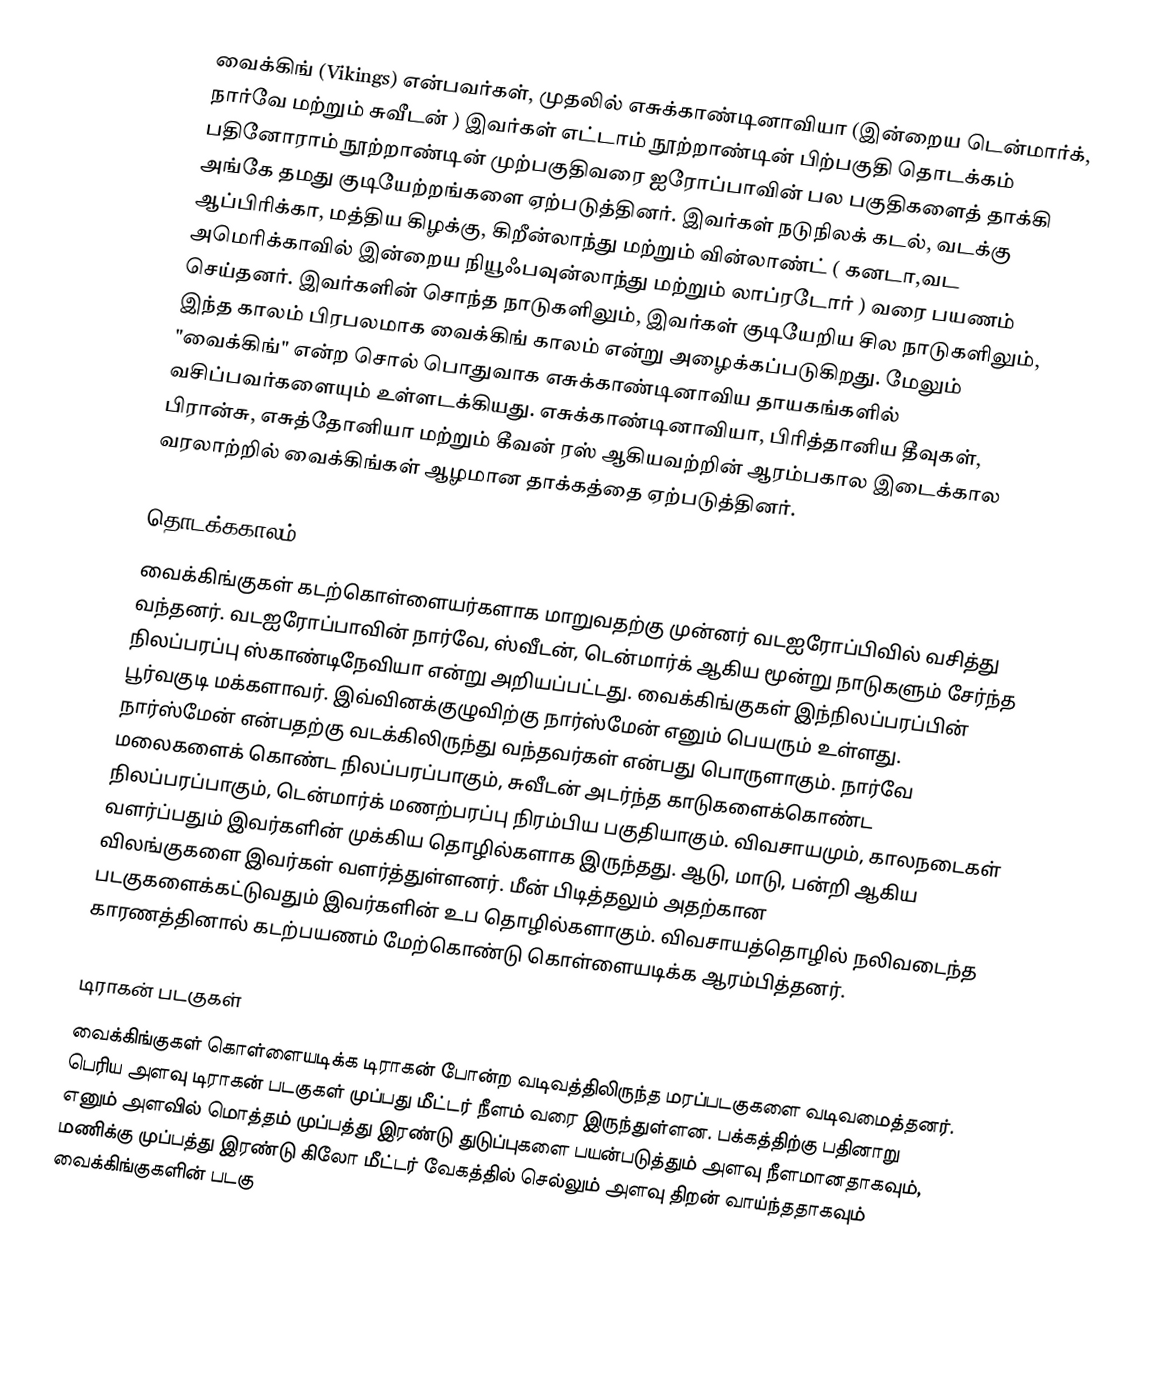
வைக்கிங் (Vikings) என்பவர்கள், முதலில் எசுக்காண்டினாவியா (இன்றைய டென்மார்க், நார்வே மற்றும் சுவீடன் ) இவர்கள் எட்டாம் நூற்றாண்டின் பிற்பகுதி தொடக்கம் பதினோராம் நூற்றாண்டின் முற்பகுதிவரை ஐரோப்பாவின் பல பகுதிகளைத் தாக்கி அங்கே தமது குடியேற்றங்களை ஏற்படுத்தினர். இவர்கள் நடுநிலக் கடல், வடக்கு ஆப்பிரிக்கா, மத்திய கிழக்கு, கிறீன்லாந்து மற்றும் வின்லாண்ட் ( கனடா,வட அமெரிக்காவில் இன்றைய நியூஃபவுன்லாந்து மற்றும் லாப்ரடோர் ) வரை பயணம் செய்தனர். இவர்களின் சொந்த நாடுகளிலும், இவர்கள் குடியேறிய சில நாடுகளிலும், இந்த காலம் பிரபலமாக வைக்கிங் காலம் என்று அழைக்கப்படுகிறது. மேலும் "வைக்கிங்" என்ற சொல் பொதுவாக எசுக்காண்டினாவிய தாயகங்களில் வசிப்பவர்களையும் உள்ளடக்கியது. எசுக்காண்டினாவியா, பிரித்தானிய தீவுகள், பிரான்சு, எசுத்தோனியா மற்றும் கீவன் ரஸ் ஆகியவற்றின் ஆரம்பகால இடைக்கால வரலாற்றில் வைக்கிங்கள் ஆழமான தாக்கத்தை ஏற்படுத்தினர்.

தொடக்ககாலம்
வைக்கிங்குகள் கடற்கொள்ளையர்களாக மாறுவதற்கு முன்னர் வடஐரோப்பிவில் வசித்து வந்தனர். வடஐரோப்பாவின் நார்வே, ஸ்வீடன், டென்மார்க் ஆகிய மூன்று நாடுகளும் சேர்ந்த நிலப்பரப்பு ஸ்காண்டிநேவியா என்று அறியப்பட்டது. வைக்கிங்குகள் இந்நிலப்பரப்பின் பூர்வகுடி மக்களாவர். இவ்வினக்குழுவிற்கு நார்ஸ்மேன் எனும் பெயரும் உள்ளது. நார்ஸ்மேன் என்பதற்கு வடக்கிலிருந்து வந்தவர்கள் என்பது பொருளாகும். நார்வே மலைகளைக் கொண்ட நிலப்பரப்பாகும், சுவீடன் அடர்ந்த காடுகளைக்கொண்ட நிலப்பரப்பாகும், டென்மார்க் மணற்பரப்பு நிரம்பிய பகுதியாகும். விவசாயமும், காலநடைகள் வளர்ப்பதும் இவர்களின் முக்கிய தொழில்களாக இருந்தது. ஆடு, மாடு, பன்றி ஆகிய விலங்குகளை இவர்கள் வளர்த்துள்ளனர். மீன் பிடித்தலும் அதற்கான படகுகளைக்கட்டுவதும் இவர்களின் உப தொழில்களாகும். விவசாயத்தொழில் நலிவடைந்த காரணத்தினால் கடற்பயணம் மேற்கொண்டு கொள்ளையடிக்க ஆரம்பித்தனர்.

டிராகன் படகுகள்
வைக்கிங்குகள் கொள்ளையடிக்க டிராகன் போன்ற வடிவத்திலிருந்த மரப்படகுகளை வடிவமைத்தனர். பெரிய அளவு டிராகன் படகுகள் முப்பது மீட்டர் நீளம் வரை இருந்துள்ளன. பக்கத்திற்கு பதினாறு எனும் அளவில் மொத்தம் முப்பத்து இரண்டு துடுப்புகளை பயன்படுத்தும் அளவு நீளமானதாகவும், மணிக்கு முப்பத்து இரண்டு கிலோ மீட்டர் வேகத்தில் செல்லும் அளவு திறன் வாய்ந்ததாகவும் வைக்கிங்குகளின் படகு